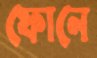
ফোনে